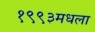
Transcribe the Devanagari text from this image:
१९९३मधला